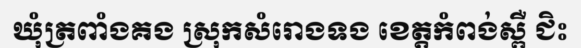
ឃុំត្រពាំងគង ស្រុកសំរោងទង ខេត្តកំពង់ស្ពឺ ជិះ